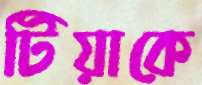
টিয়াকে